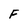
Character: F